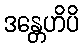
ဒန္တေဟိပိ